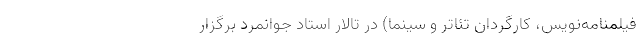
فیلمنامه‌نویس، کارگردان تئاتر و سینما) در تالار استاد جوانمرد برگزار